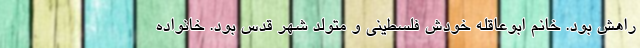
راهش بود. خانم ابوعاقله خودش فلسطینی و متولد شهر قدس بود. خانواده